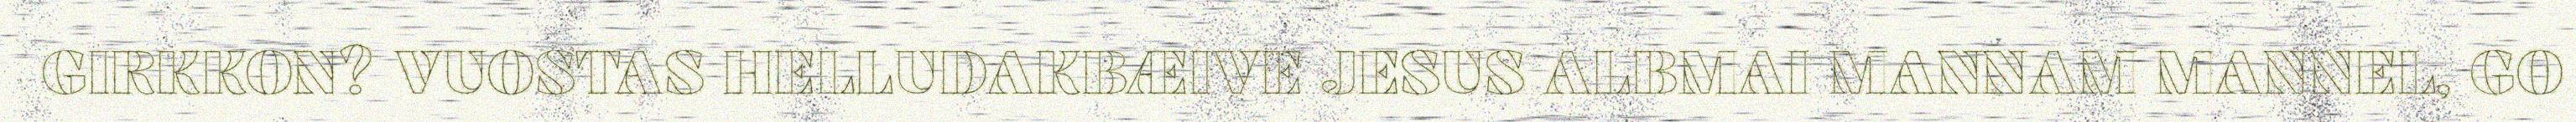
GIRKKON? VUOSTAS HELLUDAKBÆIVE JESUS ALBMAI MANNAM MANNEL, GO